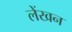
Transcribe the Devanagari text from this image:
लेंखन